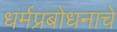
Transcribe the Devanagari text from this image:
धर्मप्रबोधनाचे